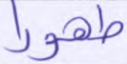
طهورا